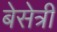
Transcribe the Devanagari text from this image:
बेसेत्री